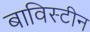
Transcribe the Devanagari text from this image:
बाविस्टीन